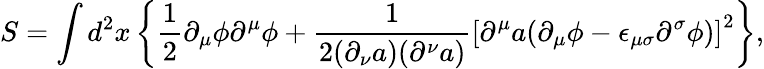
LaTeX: S=\int d^{2}x\left\{ {\frac 12}{\partial}_{\mu}{\phi}{\partial}^{\mu}{\phi}+\frac{1}{2({\partial}_{\nu}a)({\partial}^{\nu}a)}\left[{\partial}^{\mu}a({\partial}_{\mu}{\phi}-{\epsilon}_{{\mu}{\sigma}}{\partial}^{\sigma}{\phi})\right]^{2}\right\} ,